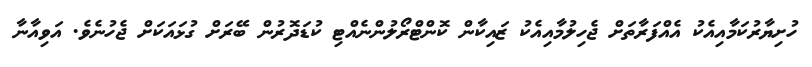
ހުށިޔާރުކަމާއިއެކު އެއްފަރާތަށް ޖެހިލުމާއިއެކު ޒައިކާން ކޮންޓްރޯލުންނެއްޓި ކުޑަދޮރުން ބޭރަށް ގުޅައަކަށް ޖެހުނެވެ. އަވިއާނާ